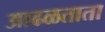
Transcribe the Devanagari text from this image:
आढळताता